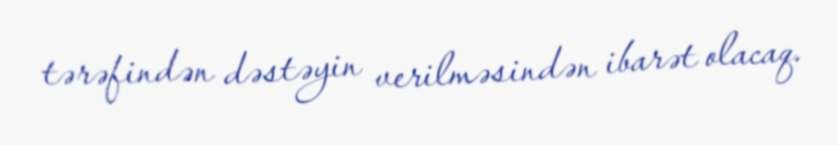
tərəfindən dəstəyin verilməsindən ibarət olacaq.